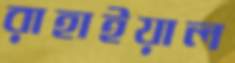
রাহাইয়াল